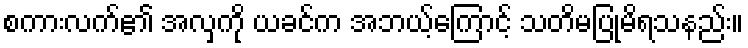
စကားလက်၏ အလှကို ယခင်က အဘယ့်ကြောင့် သတိမပြုမိရသနည်း။